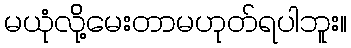
မယုံလို့်မေးတာမဟုတ်ရပါဘူး။